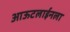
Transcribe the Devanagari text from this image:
आऊटलाईनला